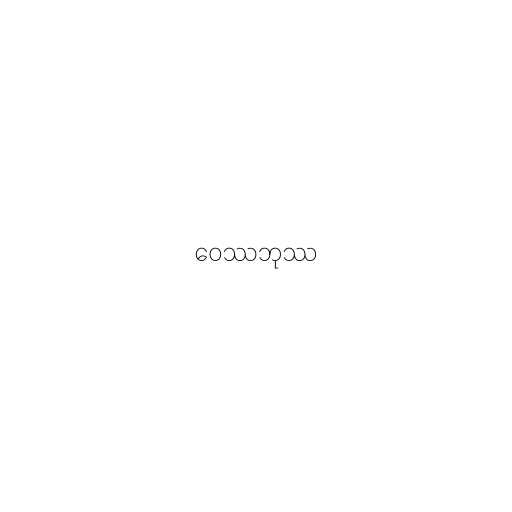
ဝေဿဘုဿ